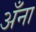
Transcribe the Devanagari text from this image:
अँना